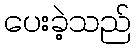
ပေးခဲ့သည်